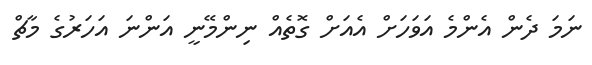
ނަމަ ދެން އެންމެ އަވަހަށް އެއަށް ގޮތެއް ނިންމޭނީ އަންނަ އަހަރުގެ މާޗް